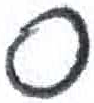
אות: ס